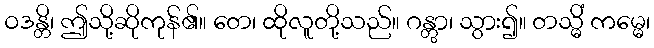
ဝဒန္တိ၊ ဤသို့ဆိုကုန်၏။ တေ၊ ထိုလူတို့သည်။ ဂန္တွာ၊ သွား၍။ တသ္မိံ ကမ္မေ၊